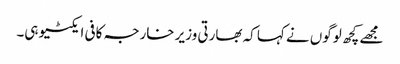
مجھے کچھ لوگوں نے کہا کہ بھارتی وزیر خارجہ کافی ایکٹیو ہی۔